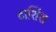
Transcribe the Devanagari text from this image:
टार्शिश